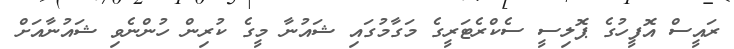
ރައީސް އޮފީހުގެ ޕޮލިސީ ސެކްރެޓަރީގެ މަގާމުގައި ޝައުނާ މީގެ ކުރިން ހުންނެވި ޝައުނާއަށް